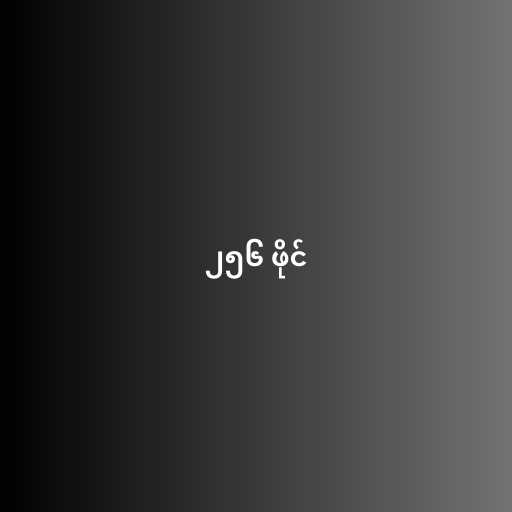
၂၅၆ ဖိုင်